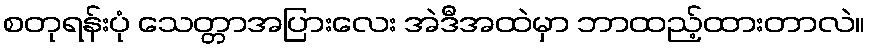
စတုရန်းပုံ သေတ္တာအပြားလေး အဲဒီအထဲမှာ ဘာထည့်ထားတာလဲ။